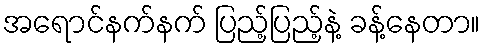
အရောင်နက်နက် ပြည့်ပြည့်နဲ့ ခန့်နေတာ။